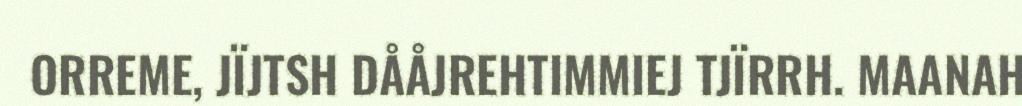
ORREME, JÏJTSH DÅÅJREHTIMMIEJ TJÏRRH. MAANAH